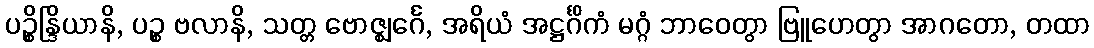
ပဉ္စိန္ဒြိယာနိ, ပဉ္စ ဗလာနိ, သတ္တ ဗောဇ္ဈင်္ဂေ, အရိယံ အဋ္ဌင်္ဂိကံ မဂ္ဂံ ဘာဝေတွာ ဗြူဟေတွာ အာဂတော, တထာ